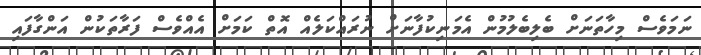
ނަމަވެސް މިހާތަނަށް ބެލިބެލުމުން އެމަނިކުފާނަށް ނުރައްކަލެއް އޮތް ކަމަށް އެއްވެސް ފަރާތަކުން އަންގާފައި